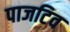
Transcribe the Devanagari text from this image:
पाजटिव